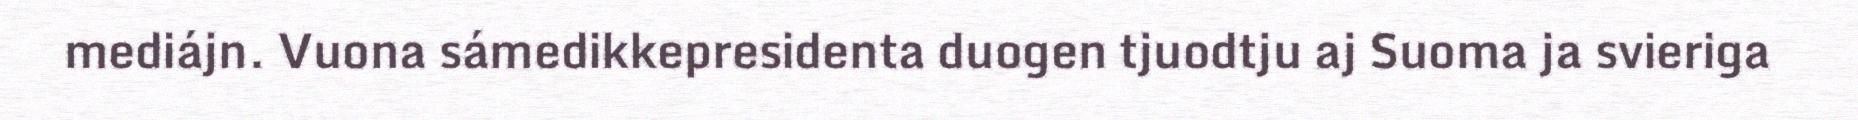
mediájn. Vuona sámedikkepresidenta duogen tjuodtju aj Suoma ja svieriga